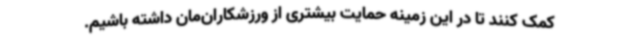
کمک کنند تا در این زمینه حمایت بیشتری از ورزشکاران‌مان داشته باشیم.